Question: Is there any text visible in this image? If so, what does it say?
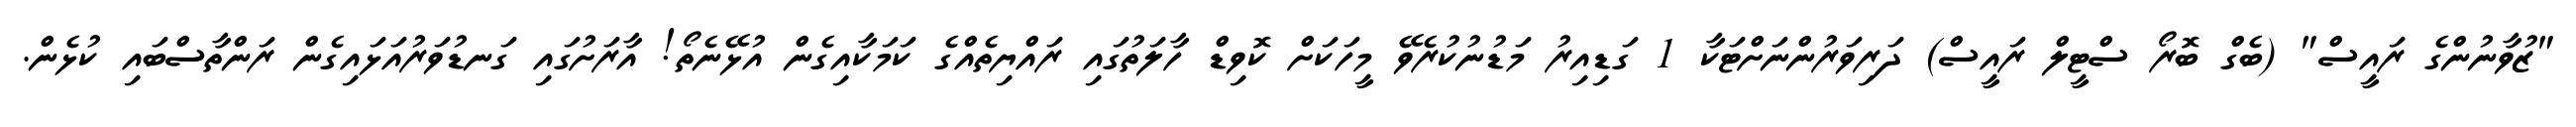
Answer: "ޒުވާނުންގެ ރައީސް" (ބެގް ބޮރޯ ސްޓީލް ރައީސް) ދަރިވަރުންނަށްޓަކާ 1 ގަޑިއިރު މަޑުނުކުރެވޭ މީހަކަށް ކޮވިޑް ހާލަތުގައި ރައްޔިތެއްގެ ކަމަކާއިގެން އުޅޭނެތޯ! އާރަށުގައި ގަނޑުވަރުއަޅައިގެން ރަންތާސްބައި ކުޅެން.